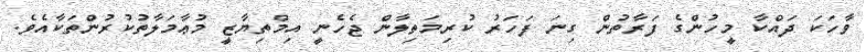
ވާހަކަ ދައްކާ މީހުންގެ ފަރާތުން ގިނަ ފަހަރު ކުރިމަތިލާން ޖެހެނީ އިމްތިޔާޒީ މުޢާމަލާތުކުރުންތަކާއެވެ.